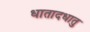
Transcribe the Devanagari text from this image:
धातादधातु